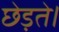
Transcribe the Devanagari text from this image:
छेड़ते।